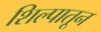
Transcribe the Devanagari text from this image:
शिल्पातून